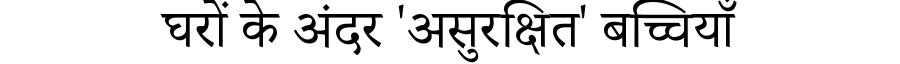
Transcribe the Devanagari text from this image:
घरों के अंदर 'असुरक्षित' बच्चियाँ